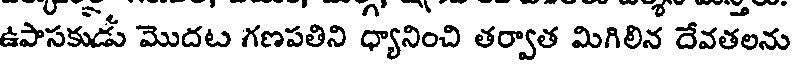
ఉపాసకుడు మొదట గణపతిని ధ్యానించి తర్వాత మిగిలిన దేవతలను